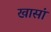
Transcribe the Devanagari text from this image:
खासां